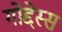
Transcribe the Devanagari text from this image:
गोद्देस्स